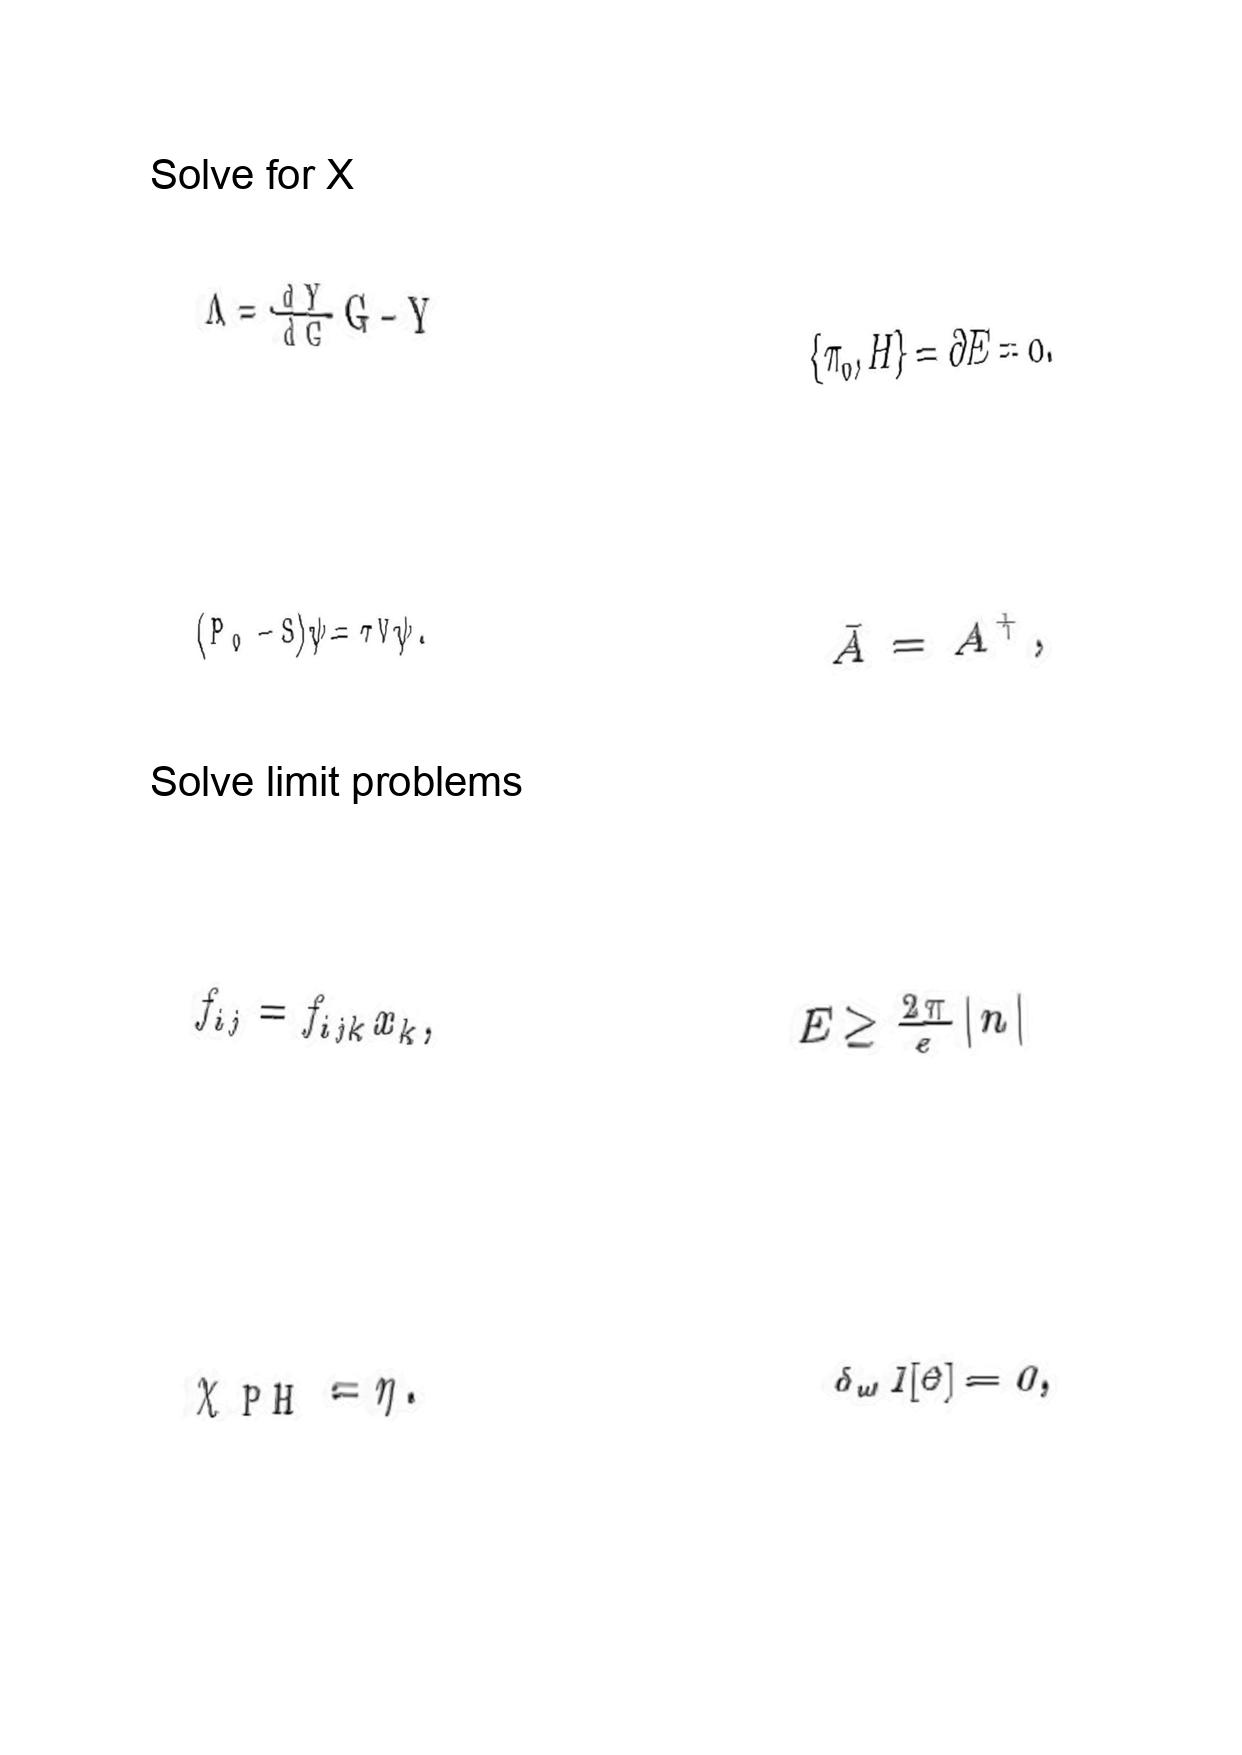
LaTeX transcription:
\Lambda = \frac { d Y } { d G } G - Y
\lparen P _ { 0 } - S \rparen \psi = \tau V \psi .
f _ { i j } = f _ { i j k } x _ { k } ,
\chi _ { \mathrm { P H } } = \eta .
\lbrace \pi _ { 0 } , H \rbrace = \partial E = 0 .
\bar { A } = A ^ { \dagger } ,
E \geq \frac { 2 \pi } { e } \vert n \vert
\delta _ { \omega } I \lbrack \theta \rbrack = 0 ,